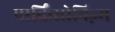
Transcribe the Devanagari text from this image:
पार्किंसोनिज़्म